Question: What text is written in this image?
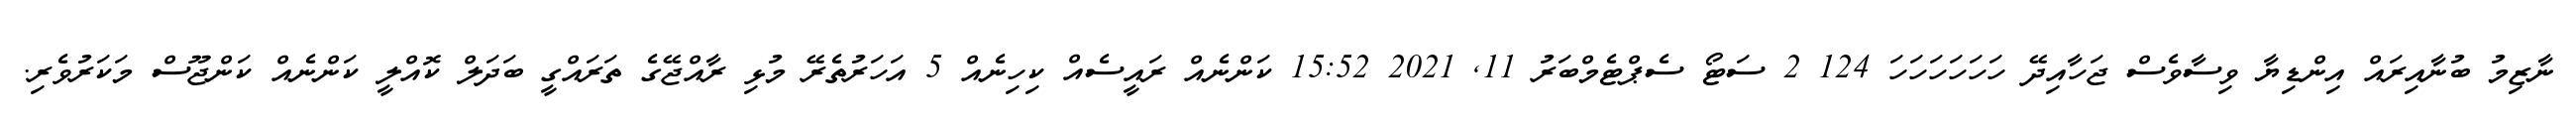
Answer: ނާޒިމު ބުނާއިރައް އިންޑިޔާ ވިސާވެސް ޖަހާއިދޭ ހަހަހަހަހަހަ 124 2 ސަޓޯ ސެޕްޓެމްބަރު 11, 2021 15:52 ކަންނެއް ރައީސެއް ކިހިނެއް 5 އަހަރުތެރޭ މުޅި ރާއްޖޭގެ ތަރައްގީ ބަދަލް ކޮއްލީ ކަންނެއް ކަންޖޫސް މަކަރުވެރި.